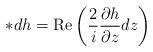
LaTeX: \begin{align*} \ast dh = \mbox{Re}\left( \frac{2}{i} \frac{\partial h}{\partial z} dz \right) \end{align*}